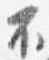
不